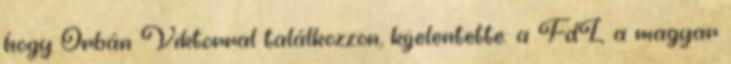
hogy Orbán Viktorral találkozzon, kijelentette: a FdL a magyar